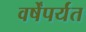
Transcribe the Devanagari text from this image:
वर्षेंपर्यंत